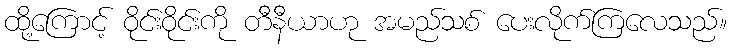
ထို့ကြောင့် ဝိုင်းဝိုင်းကို တီနီယာဟု အမည်သစ် ပေးလိုက်ကြလေသည်။